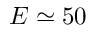
E \simeq 5 0